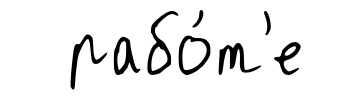
рабо́т'е